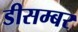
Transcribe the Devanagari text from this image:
डीसम्बर